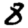
Digit: 8